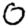
Digit: 0